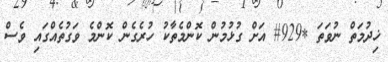
ޚިދުމަތް ނުވަތަ *929# އަށް ގުޅުމުން ކޮންމެތާކު ހުރެގެން ކޮންމެ ވަގުތެއްގައި ވެސް